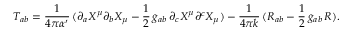
T _ { a b } = \frac { 1 } { 4 \pi \alpha ^ { \prime } } \, ( \partial _ { a } X ^ { \mu } \partial _ { b } X _ { \mu } - { \frac 1 2 } \, g _ { a b } \, \partial _ { c } X ^ { \mu } \partial ^ { c } X _ { \mu } ) - \frac { 1 } { 4 \pi k } \, ( R _ { a b } - { \frac 1 2 } \, g _ { a b } \, R ) .